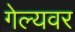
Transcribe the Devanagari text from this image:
गेल्यवर